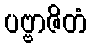
ပဗ္ဗာဇိတံ